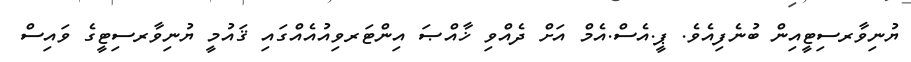
ޔުނިވާރސިޓީއިން ބުނެފިއެވެ. ޕީ.އެސް.އެމް އަށް ދެއްވި ޚާއްޞަ އިންޓަރވިއުއެއްގައި ޤައުމީ ޔުނިވާރސިޓީގެ ވައިސް